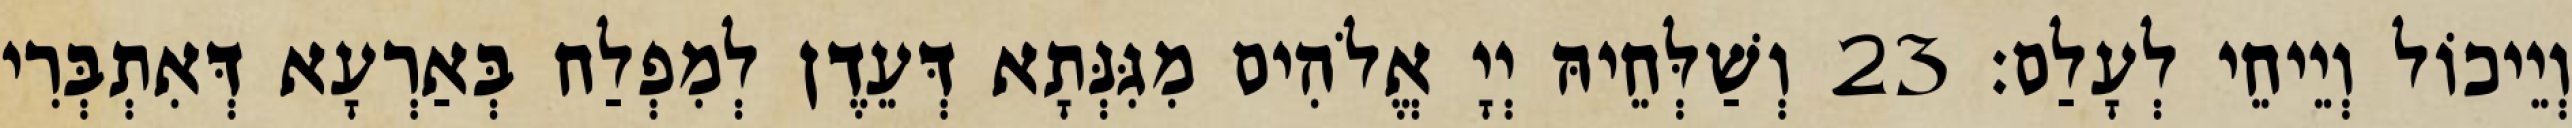
וְיֵיכוֹל וְיֵיחֵי לְעָלַם׃ 23 וְשַׁלְּחֵיהּ יְיָ אֱלֹהִים מִגִּנְּתָא דְּעֵדֶן לְמִפְלַח בְּאַרְעָא דְּאִתְבְּרִי